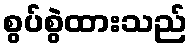
စွပ်စွဲထားသည်